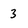
Character: 3